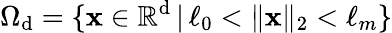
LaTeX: \Omega_{\mathrm{d}}=\{ \mathbf{{x}}\in\mathbb{{R}}^{\mathrm{d}}\, |\, \ell_{0}<\| \mathbf{{x}}\| _{2}<\ell_{m}\}